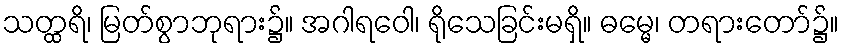
သတ္ထရိ၊ မြတ်စွာဘုရား၌။ အဂါရဝေါ၊ ရိုသေခြင်းမရှိ။ ဓမ္မေ၊ တရားတော်၌။